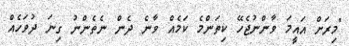
"މިރަށް އައީމަ ވާންނުޖެހޭ ކިތަންމެ ކަމެއް ވާނެ ދެން ނެތެންނު ގިނަ ދުވަހެއް